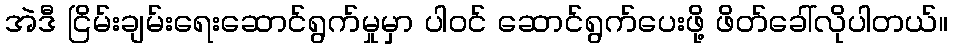
အဲဒီ ငြိမ်းချမ်းရေးဆောင်ရွက်မှုမှာ ပါဝင် ဆောင်ရွက်ပေးဖို့ ဖိတ်ခေါ်လိုပါတယ်။